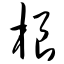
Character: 根